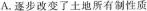
A.逐步改变了土地所有制性质